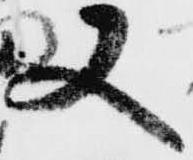
又